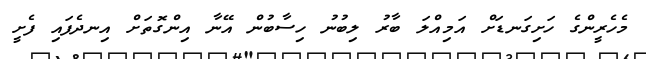
މެހެރީންގެ ހަށިގަނޑަށް އަމިއްލަ ބާރު ލިބުނު ހިސާބުން އޭނާ އިންގޮތަށް އިނދެފައި ފެށީ